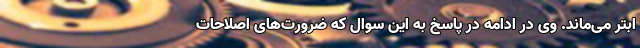
ابتر می‌ماند. وی در ادامه در پاسخ به این سوال که ضرورت‌های اصلاحات